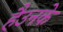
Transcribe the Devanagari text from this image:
हैउनके